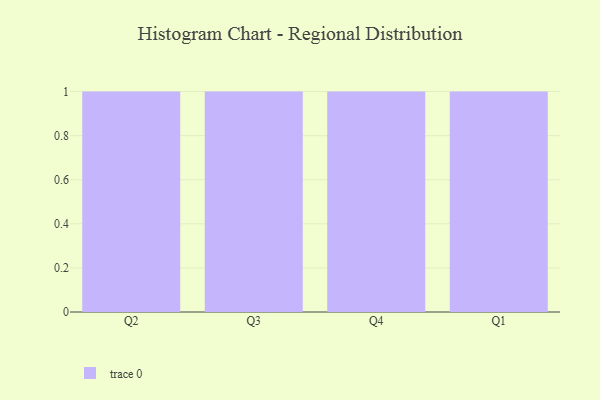
{"axis": {"x": "Quarter", "y": "Net Income (USD K)"}, "legend": [""], "data": [{"x": "Q2", "y": 9, "type": ""}, {"x": "Q3", "y": 3, "type": ""}, {"x": "Q4", "y": 90, "type": ""}, {"x": "Q1", "y": 97, "type": ""}]}